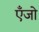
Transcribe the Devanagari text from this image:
एँजो